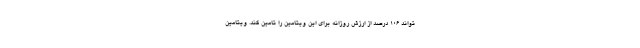
تواند 106 درصد از ارزش روزانه برای این ویتامین را تامین کند. ویتامین